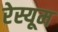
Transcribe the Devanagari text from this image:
रेस्यूम